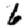
Digit: 6